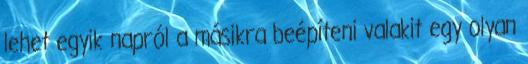
lehet egyik napról a másikra beépíteni valakit egy olyan